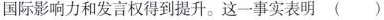
国际影响力和发言权得到提升。这一事实表明( )